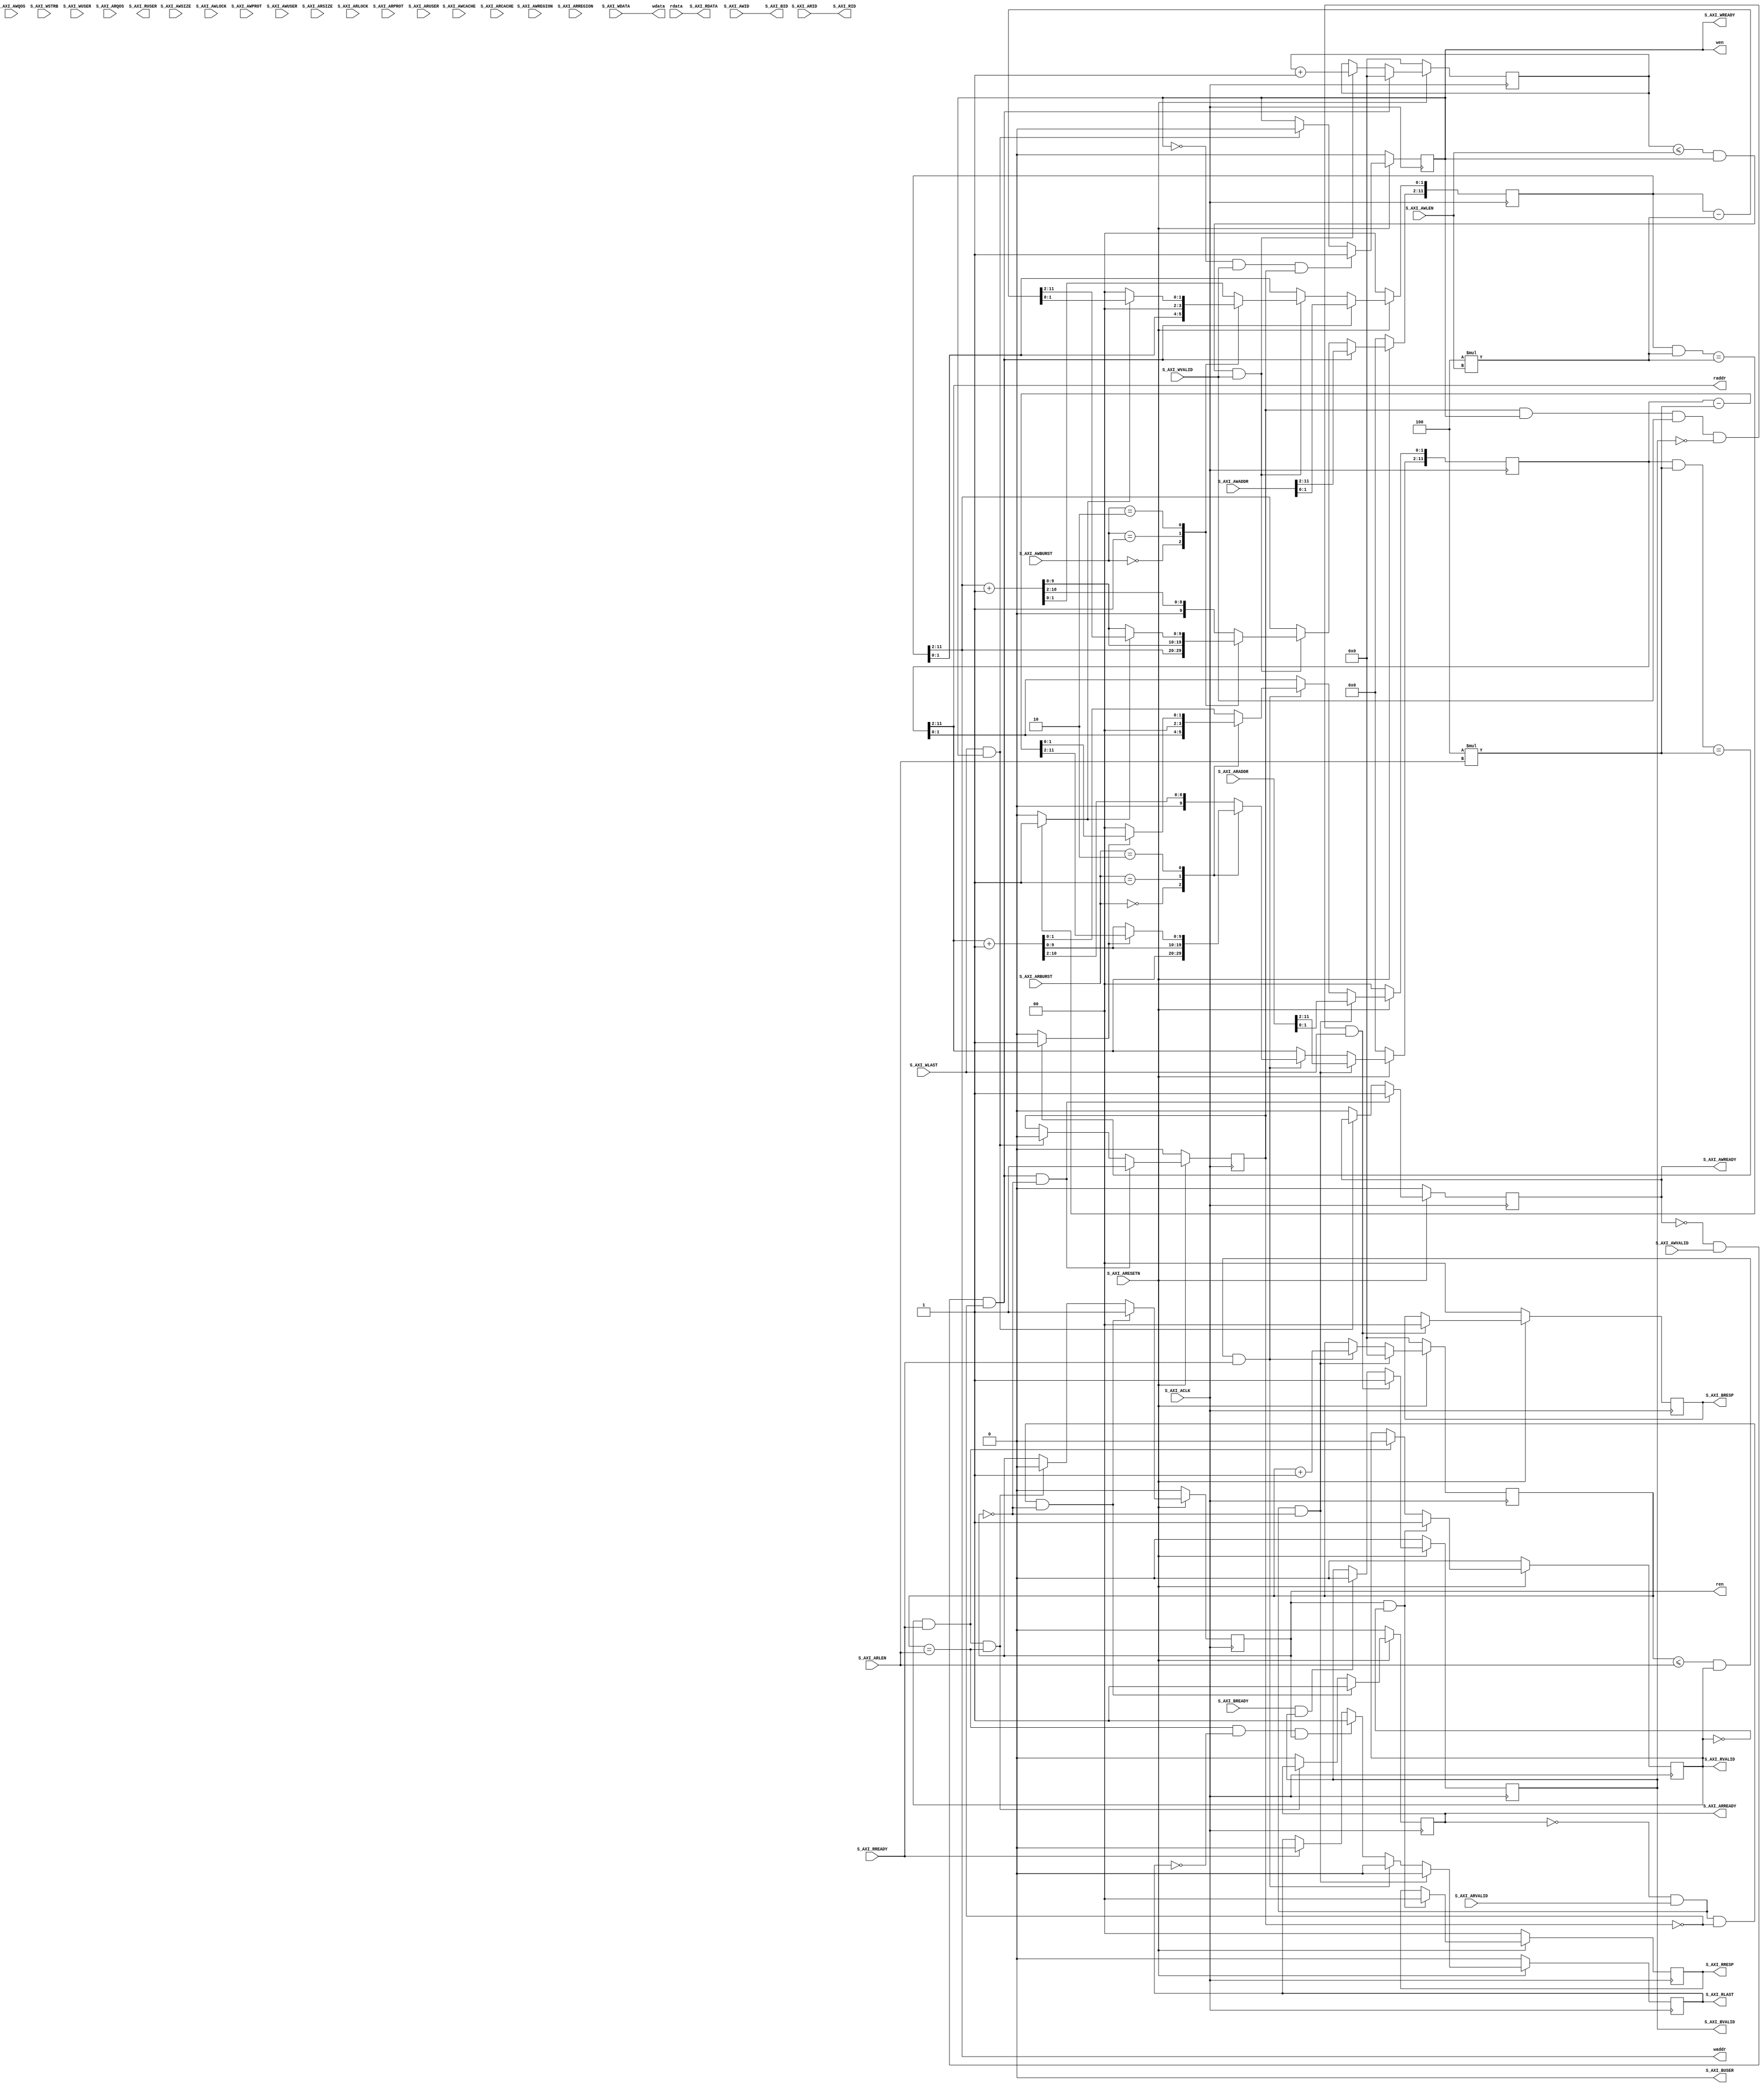
module axi4_mm_v1_0_S00_AXI #
	(
		// Users to add parameters here
		parameter integer ADDR_LSB = 2,
		parameter integer OPT_MEM_ADDR_BITS = 10,

		// User parameters ends
		// Do not modify the parameters beyond this line

		// Width of ID for for write address, write data, read address and read data
		parameter integer C_S_AXI_ID_WIDTH = 1,
		// Width of S_AXI data bus
		parameter integer C_S_AXI_DATA_WIDTH = 32,
		// Width of S_AXI address bus
		parameter integer C_S_AXI_ADDR_WIDTH = 12,
		// Width of optional user defined signal in write address channel
		parameter integer C_S_AXI_AWUSER_WIDTH = 1,
		// Width of optional user defined signal in read address channel
		parameter integer C_S_AXI_ARUSER_WIDTH = 1,
		// Width of optional user defined signal in write data channel
		parameter integer C_S_AXI_WUSER_WIDTH = 1,
		// Width of optional user defined signal in read data channel
		parameter integer C_S_AXI_RUSER_WIDTH = 1,
		// Width of optional user defined signal in write response channel
		parameter integer C_S_AXI_BUSER_WIDTH = 1
	)
	(
		// Users to add ports here
		output wire wen,
		output wire [C_S_AXI_DATA_WIDTH-1 : 0] wdata,
		output wire [OPT_MEM_ADDR_BITS - 1 : 0] waddr,

		output wire ren,
		input wire [C_S_AXI_DATA_WIDTH-1 : 0] rdata,
		output wire [OPT_MEM_ADDR_BITS - 1 : 0] raddr,

		// User ports ends
		// Do not modify the ports beyond this line

		// Global Clock Signal
		input wire S_AXI_ACLK,
		// Global Reset Signal. This Signal is Active LOW
		input wire S_AXI_ARESETN,
		// Write Address ID
		input wire [C_S_AXI_ID_WIDTH-1 : 0] S_AXI_AWID,
		// Write address
		input wire [C_S_AXI_ADDR_WIDTH-1 : 0] S_AXI_AWADDR,
		// Burst length. The burst length gives the exact number of transfers in a burst
		input wire [7 : 0] S_AXI_AWLEN,
		// Burst size. This signal indicates the size of each transfer in the burst
		input wire [2 : 0] S_AXI_AWSIZE,
		// Burst type. The burst type and the size information, 
		// determine how the address for each transfer within the burst is calculated.
		input wire [1 : 0] S_AXI_AWBURST,
		// Lock type. Provides additional information about the
		// atomic characteristics of the transfer.
		input wire S_AXI_AWLOCK,
		// Memory type. This signal indicates how transactions
		// are required to progress through a system.
		input wire [3 : 0] S_AXI_AWCACHE,
		// Protection type. This signal indicates the privilege
		// and security level of the transaction, and whether
		// the transaction is a data access or an instruction access.
		input wire [2 : 0] S_AXI_AWPROT,
		// Quality of Service, QoS identifier sent for each
		// write transaction.
		input wire [3 : 0] S_AXI_AWQOS,
		// Region identifier. Permits a single physical interface
		// on a slave to be used for multiple logical interfaces.
		input wire [3 : 0] S_AXI_AWREGION,
		// Optional User-defined signal in the write address channel.
		input wire [C_S_AXI_AWUSER_WIDTH-1 : 0] S_AXI_AWUSER,
		// Write address valid. This signal indicates that
		// the channel is signaling valid write address and
		// control information.
		input wire S_AXI_AWVALID,
		// Write address ready. This signal indicates that
		// the slave is ready to accept an address and associated
		// control signals.
		output wire S_AXI_AWREADY,
		// Write Data
		input wire [C_S_AXI_DATA_WIDTH-1 : 0] S_AXI_WDATA,
		// Write strobes. This signal indicates which byte
		// lanes hold valid data. There is one write strobe
		// bit for each eight bits of the write data bus.
		input wire [(C_S_AXI_DATA_WIDTH/8)-1 : 0] S_AXI_WSTRB,
		// Write last. This signal indicates the last transfer
		// in a write burst.
		input wire S_AXI_WLAST,
		// Optional User-defined signal in the write data channel.
		input wire [C_S_AXI_WUSER_WIDTH-1 : 0] S_AXI_WUSER,
		// Write valid. This signal indicates that valid write
		// data and strobes are available.
		input wire S_AXI_WVALID,
		// Write ready. This signal indicates that the slave
		// can accept the write data.
		output wire S_AXI_WREADY,
		// Response ID tag. This signal is the ID tag of the
		// write response.
		output wire [C_S_AXI_ID_WIDTH-1 : 0] S_AXI_BID,
		// Write response. This signal indicates the status
		// of the write transaction.
		output wire [1 : 0] S_AXI_BRESP,
		// Optional User-defined signal in the write response channel.
		output wire [C_S_AXI_BUSER_WIDTH-1 : 0] S_AXI_BUSER,
		// Write response valid. This signal indicates that the
		// channel is signaling a valid write response.
		output wire S_AXI_BVALID,
		// Response ready. This signal indicates that the master
		// can accept a write response.
		input wire S_AXI_BREADY,
		// Read address ID. This signal is the identification
		// tag for the read address group of signals.
		input wire [C_S_AXI_ID_WIDTH-1 : 0] S_AXI_ARID,
		// Read address. This signal indicates the initial
		// address of a read burst transaction.
		input wire [C_S_AXI_ADDR_WIDTH-1 : 0] S_AXI_ARADDR,
		// Burst length. The burst length gives the exact number of transfers in a burst
		input wire [7 : 0] S_AXI_ARLEN,
		// Burst size. This signal indicates the size of each transfer in the burst
		input wire [2 : 0] S_AXI_ARSIZE,
		// Burst type. The burst type and the size information, 
		// determine how the address for each transfer within the burst is calculated.
		input wire [1 : 0] S_AXI_ARBURST,
		// Lock type. Provides additional information about the
		// atomic characteristics of the transfer.
		input wire S_AXI_ARLOCK,
		// Memory type. This signal indicates how transactions
		// are required to progress through a system.
		input wire [3 : 0] S_AXI_ARCACHE,
		// Protection type. This signal indicates the privilege
		// and security level of the transaction, and whether
		// the transaction is a data access or an instruction access.
		input wire [2 : 0] S_AXI_ARPROT,
		// Quality of Service, QoS identifier sent for each
		// read transaction.
		input wire [3 : 0] S_AXI_ARQOS,
		// Region identifier. Permits a single physical interface
		// on a slave to be used for multiple logical interfaces.
		input wire [3 : 0] S_AXI_ARREGION,
		// Optional User-defined signal in the read address channel.
		input wire [C_S_AXI_ARUSER_WIDTH-1 : 0] S_AXI_ARUSER,
		// Write address valid. This signal indicates that
		// the channel is signaling valid read address and
		// control information.
		input wire S_AXI_ARVALID,
		// Read address ready. This signal indicates that
		// the slave is ready to accept an address and associated
		// control signals.
		output wire S_AXI_ARREADY,
		// Read ID tag. This signal is the identification tag
		// for the read data group of signals generated by the slave.
		output wire [C_S_AXI_ID_WIDTH-1 : 0] S_AXI_RID,
		// Read Data
		output wire [C_S_AXI_DATA_WIDTH-1 : 0] S_AXI_RDATA,
		// Read response. This signal indicates the status of
		// the read transfer.
		output wire [1 : 0] S_AXI_RRESP,
		// Read last. This signal indicates the last transfer
		// in a read burst.
		output wire S_AXI_RLAST,
		// Optional User-defined signal in the read address channel.
		output wire [C_S_AXI_RUSER_WIDTH-1 : 0] S_AXI_RUSER,
		// Read valid. This signal indicates that the channel
		// is signaling the required read data.
		output wire S_AXI_RVALID,
		// Read ready. This signal indicates that the master can
		// accept the read data and response information.
		input wire S_AXI_RREADY
	);

	// AXI4FULL signals
	reg [C_S_AXI_ADDR_WIDTH-1 : 0] axi_awaddr;
	reg axi_awready;
	reg axi_wready;
	reg [1 : 0] axi_bresp;
	reg [C_S_AXI_BUSER_WIDTH-1 : 0] axi_buser;
	reg axi_bvalid;
	reg [C_S_AXI_ADDR_WIDTH-1 : 0] axi_araddr;
	reg axi_arready;
	wire [C_S_AXI_DATA_WIDTH-1 : 0] axi_rdata;
	reg [1 : 0] axi_rresp;
	reg axi_rlast;
	reg [C_S_AXI_RUSER_WIDTH-1 : 0] axi_ruser;
	reg axi_rvalid;
	// aw_wrap_en determines wrap boundary and enables wrapping
	wire aw_wrap_en;
	// ar_wrap_en determines wrap boundary and enables wrapping
	wire ar_wrap_en;
	// aw_wrap_size is the size of the write transfer, the
	// write address wraps to a lower address ifupper address
	// limit is reached
	wire integer aw_wrap_size ; 
	// ar_wrap_size is the size of the read transfer, the
	// read address wraps to a lower address ifupper address
	// limit is reached
	wire integer ar_wrap_size ; 
	// The axi_awv_awr_flag flag marks the presence of write address valid
	reg axi_awv_awr_flag;
	//The axi_arv_arr_flag flag marks the presence of read address valid
	reg axi_arv_arr_flag; 
	// The axi_awlen_cntr internal write address counter to keep track of beats in a burst transaction
	reg [7:0] axi_awlen_cntr;
	//The axi_arlen_cntr internal read address counter to keep track of beats in a burst transaction
	reg [7:0] axi_arlen_cntr;
	//local parameter for addressing 32 bit / 64 bit C_S_AXI_DATA_WIDTH
	//ADDR_LSB is used for addressing 32/64 bit registers/memories
	//ADDR_LSB = 2 for 32 bits (n downto 2)
	//ADDR_LSB = 3 for 42 bits (n downto 3)

	//Total number of output data.
	// Total number of output data
	// function called clogb2 that returns an integer which has the
	// value of the ceiling of the log base 2.
	//function integer clogb2(input integer bit_depth); 
	//	begin
	//		for(clogb2=0; bit_depth>0; clogb2=clogb2+1)
	//			bit_depth = bit_depth >> 1;
	//	end
	//endfunction

	//localparam integer ADDR_LSB = clogb2((C_S_AXI_DATA_WIDTH - 1)/ 8); //(C_S_AXI_DATA_WIDTH/32)+ 1;
	//localparam integer OPT_MEM_ADDR_BITS = C_S_AXI_ADDR_WIDTH - ADDR_LSB - 1;

	localparam integer USER_NUM_MEM = 1;

	// I/O Connections assignments
	assign S_AXI_AWREADY = axi_awready;
	assign S_AXI_WREADY = axi_wready;
	assign S_AXI_BRESP = axi_bresp;
	assign S_AXI_BUSER = axi_buser;
	assign S_AXI_BVALID = axi_bvalid;
	assign S_AXI_ARREADY = axi_arready;
	assign S_AXI_RDATA = axi_rdata;
	assign S_AXI_RRESP = axi_rresp;
	assign S_AXI_RLAST = axi_rlast;
	assign S_AXI_RUSER = axi_ruser;
	assign S_AXI_RVALID = axi_rvalid;
	assign S_AXI_BID = S_AXI_AWID;
	assign S_AXI_RID = S_AXI_ARID;
	assign aw_wrap_size = (C_S_AXI_DATA_WIDTH/8 * (S_AXI_AWLEN)); 
	assign ar_wrap_size = (C_S_AXI_DATA_WIDTH/8 * (S_AXI_ARLEN)); 
	assign aw_wrap_en = ((axi_awaddr & aw_wrap_size)== aw_wrap_size)? 1'b1: 1'b0;
	assign ar_wrap_en = ((axi_araddr & ar_wrap_size)== ar_wrap_size)? 1'b1: 1'b0;
	assign S_AXI_BUSER = 0;

	// Implement axi_awready generation

	// axi_awready is asserted for one S_AXI_ACLK clock cycle when both
	// S_AXI_AWVALID and S_AXI_WVALID are asserted. axi_awready is
	// de-asserted when reset is low.

	always @(posedge S_AXI_ACLK)begin
		if(S_AXI_ARESETN == 1'b0)begin
			axi_awready <= 1'b0;
			axi_awv_awr_flag <= 1'b0;
		end 
		else begin
			if(~axi_awready && S_AXI_AWVALID && ~axi_awv_awr_flag && ~axi_arv_arr_flag)begin
				// slave is ready to accept an address and
				// associated control signals
				axi_awready <= 1'b1;
				axi_awv_awr_flag <= 1'b1; 
				// used for generation of bresp()and bvalid
			end
			else if(S_AXI_WLAST && axi_wready)begin
				// preparing to accept next address after current write burst tx completion
				axi_awv_awr_flag <= 1'b0;
			end
			else begin
				axi_awready <= 1'b0;
			end
		end 
	end


	// Implement axi_awaddr latching

	// This process is used to latch the address when both 
	// S_AXI_AWVALID and S_AXI_WVALID are valid. 

	always @(posedge S_AXI_ACLK)begin
		if(S_AXI_ARESETN == 1'b0)begin
			axi_awaddr <= 0;
			axi_awlen_cntr <= 0;
		end 
		else begin
			if(~axi_awready && S_AXI_AWVALID && ~axi_awv_awr_flag)begin
				// address latching 
				axi_awaddr <= S_AXI_AWADDR[C_S_AXI_ADDR_WIDTH - 1:0]; 
				// start address of transfer
				axi_awlen_cntr <= 0;
			end
			else if((axi_awlen_cntr <= S_AXI_AWLEN)&& axi_wready && S_AXI_WVALID)begin
				axi_awlen_cntr <= axi_awlen_cntr + 1;

				case (S_AXI_AWBURST)
					// fixed burst
					2'b00: begin
						// The write address for all the beats in the transaction are fixed
						axi_awaddr <= axi_awaddr;
						//for awsize = 4 bytes (010)
					end
					//incremental burst
					2'b01: begin
						// The write address for all the beats in the transaction are increments by awsize
						axi_awaddr[C_S_AXI_ADDR_WIDTH - 1:ADDR_LSB] <= axi_awaddr[C_S_AXI_ADDR_WIDTH - 1:ADDR_LSB] + 1;
						//awaddr aligned to 4 byte boundary
						axi_awaddr[ADDR_LSB-1:0] <= {ADDR_LSB{1'b0}};
						//for awsize = 4 bytes (010)
					end
					//Wrapping burst
					2'b10: begin
					// The write address wraps when the address reaches wrap boundary 
						if(aw_wrap_en)begin
							axi_awaddr <= (axi_awaddr - aw_wrap_size); 
						end
						else begin
							axi_awaddr[C_S_AXI_ADDR_WIDTH - 1:ADDR_LSB] <= axi_awaddr[C_S_AXI_ADDR_WIDTH - 1:ADDR_LSB] + 1;
							axi_awaddr[ADDR_LSB-1:0] <= {ADDR_LSB{1'b0}}; 
						end
					end
					//reserved (incremental burst for example)
					default: begin
						axi_awaddr <= axi_awaddr[C_S_AXI_ADDR_WIDTH - 1:ADDR_LSB] + 1;
						//for awsize = 4 bytes (010)
					end
				endcase
			end
		end 
	end


	// Implement axi_wready generation

	// axi_wready is asserted for one S_AXI_ACLK clock cycle when both
	// S_AXI_AWVALID and S_AXI_WVALID are asserted. axi_wready is 
	// de-asserted when reset is low. 
	always @(posedge S_AXI_ACLK)begin
		if(S_AXI_ARESETN == 1'b0)begin
			axi_wready <= 1'b0;
		end 
		else begin
			if(~axi_wready && S_AXI_WVALID && axi_awv_awr_flag)begin
				// slave can accept the write data
				axi_wready <= 1'b1;
			end
			//else if(~axi_awv_awr_flag)
			else if(S_AXI_WLAST && axi_wready)begin
				axi_wready <= 1'b0;
			end
		end 
	end

	// Implement write response logic generation

	// The write response and response valid signals are asserted by the slave 
	// when axi_wready, S_AXI_WVALID, axi_wready and S_AXI_WVALID are asserted. 
	// This marks the acceptance of address and indicates the status of 
	// write transaction.

	always @(posedge S_AXI_ACLK) begin
		if(S_AXI_ARESETN == 1'b0) begin
			axi_bvalid <= 0;
			axi_bresp <= 2'b0;
		end 
		else begin
			if(axi_awv_awr_flag && axi_wready && S_AXI_WVALID && ~axi_bvalid && S_AXI_WLAST) begin
				axi_bvalid <= 1'b1;
				axi_bresp <= 2'b0; 
				// 'OKAY' response 
			end
			else begin
				if(S_AXI_BREADY && axi_bvalid) begin
					//check ifbready is asserted while bvalid is high)
					//(there is a possibility that bready is always asserted high) 
					axi_bvalid <= 1'b0; 
				end 
			end
		end
	end


	// Implement axi_arready generation

	// axi_arready is asserted for one S_AXI_ACLK clock cycle when
	// S_AXI_ARVALID is asserted. axi_awready is 
	// de-asserted when reset (active low)is asserted. 
	// The read address is also latched when S_AXI_ARVALID is 
	// asserted. axi_araddr is reset to zero on reset assertion.

	always @(posedge S_AXI_ACLK) begin
		if(S_AXI_ARESETN == 1'b0) begin
			axi_arready <= 1'b0;
			axi_arv_arr_flag <= 1'b0;
		end 
		else begin
			if(~axi_arready && S_AXI_ARVALID && ~axi_awv_awr_flag && ~axi_arv_arr_flag) begin
				axi_arready <= 1'b1;
				axi_arv_arr_flag <= 1'b1;
			end
			else if(axi_rvalid && S_AXI_RREADY && axi_arlen_cntr == S_AXI_ARLEN) begin
				// preparing to accept next address after current read completion
				axi_arv_arr_flag <= 1'b0;
			end
			else begin
				axi_arready <= 1'b0;
			end
		end 
	end



	// Implement axi_araddr latching

	//This process is used to latch the address when both 
	//S_AXI_ARVALID and S_AXI_RVALID are valid. 
	always @(posedge S_AXI_ACLK) begin
		if(S_AXI_ARESETN == 1'b0) begin
			axi_araddr <= 0;
			axi_arlen_cntr <= 0;
			axi_rlast <= 1'b0;
		end 
		else begin
			if(~axi_arready && S_AXI_ARVALID && ~axi_arv_arr_flag) begin
				// address latching 
				axi_araddr <= S_AXI_ARADDR[C_S_AXI_ADDR_WIDTH - 1:0]; 
				// start address of transfer
				axi_arlen_cntr <= 0;
				axi_rlast <= 1'b0;
			end
			else if((axi_arlen_cntr <= S_AXI_ARLEN)&& axi_rvalid && S_AXI_RREADY) begin
				axi_arlen_cntr <= axi_arlen_cntr + 1;
				axi_rlast <= 1'b0;

				case (S_AXI_ARBURST)
					// fixed burst
					2'b00: begin
						// The read address for all the beats in the transaction are fixed
						axi_araddr <= axi_araddr;
						//for arsize = 4 bytes (010)
					end
					//incremental burst
					2'b01: begin
						// The read address for all the beats in the transaction are increments by awsize
						axi_araddr[C_S_AXI_ADDR_WIDTH - 1:ADDR_LSB] <= axi_araddr[C_S_AXI_ADDR_WIDTH - 1:ADDR_LSB] + 1; 
						//araddr aligned to 4 byte boundary
						axi_araddr[ADDR_LSB-1:0] <= {ADDR_LSB{1'b0}};
						//for awsize = 4 bytes (010)
					end
					//Wrapping burst
					2'b10: begin
						// The read address wraps when the address reaches wrap boundary 
						if(ar_wrap_en) begin
							axi_araddr <= (axi_araddr - ar_wrap_size); 
						end
						else begin
							axi_araddr[C_S_AXI_ADDR_WIDTH - 1:ADDR_LSB] <= axi_araddr[C_S_AXI_ADDR_WIDTH - 1:ADDR_LSB] + 1; 
							//araddr aligned to 4 byte boundary
							axi_araddr[ADDR_LSB-1:0] <= {ADDR_LSB{1'b0}};
						end
					end
					//reserved (incremental burst for example)
					default: begin
						axi_araddr <= axi_araddr[C_S_AXI_ADDR_WIDTH - 1:ADDR_LSB]+1;
						//for arsize = 4 bytes (010)
					end
				endcase
			end
			else if((axi_arlen_cntr == S_AXI_ARLEN)&& ~axi_rlast && axi_arv_arr_flag) begin
				axi_rlast <= 1'b1;
			end
			else if(S_AXI_RREADY) begin
				axi_rlast <= 1'b0;
			end
		end 
	end


	// Implement axi_arvalid generation

	// axi_rvalid is asserted for one S_AXI_ACLK clock cycle when both 
	// S_AXI_ARVALID and axi_arready are asserted. The slave registers 
	// data are available on the axi_rdata bus at this instance. The 
	// assertion of axi_rvalid marks the validity of read data on the 
	// bus and axi_rresp indicates the status of read transaction.axi_rvalid 
	// is deasserted on reset (active low). axi_rresp and axi_rdata are 
	// cleared to zero on reset (active low). 
	always @(posedge S_AXI_ACLK) begin
		if(S_AXI_ARESETN == 1'b0) begin
			axi_rvalid <= 0;
			axi_rresp <= 0;
		end 
		else begin
			if(axi_arv_arr_flag && ~axi_rvalid) begin
				axi_rvalid <= 1'b1;
				axi_rresp <= 2'b0; 
				// 'OKAY' response
			end
			else if(axi_rvalid && S_AXI_RREADY) begin
				axi_rvalid <= 1'b0;
			end
		end
	end

	// ------------------------------------------
	// -- Example code to access user logic memory region
	// ------------------------------------------
	// Add user logic here
	//assign wen = axi_wready && S_AXI_WVALID;
	assign wen = axi_wready;
	assign wdata = S_AXI_WDATA;
	assign waddr = axi_awaddr[ADDR_LSB + OPT_MEM_ADDR_BITS - 1 : ADDR_LSB];

	assign ren = axi_arv_arr_flag ; //& ~axi_rvalid
	assign axi_rdata = rdata;
	assign raddr = axi_araddr[ADDR_LSB + OPT_MEM_ADDR_BITS - 1 : ADDR_LSB];

	// User logic ends

endmodule